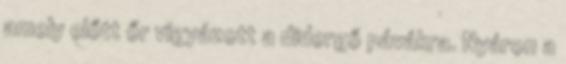
amely előtt őr vigyázott a didergő pávákra. Nyáron a